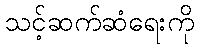
သင့်ဆက်ဆံရေးကို